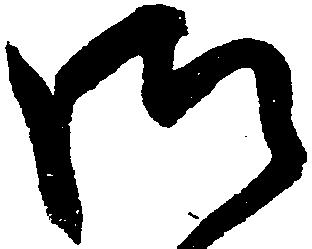
御